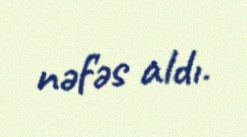
nəfəs aldı.